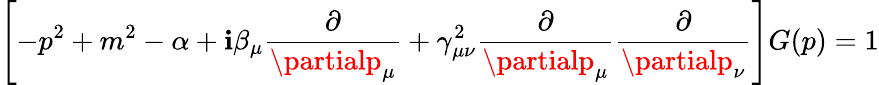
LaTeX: \left[-p^{2}+m^{2}-\alpha+\mathbf{i}\beta_{\mu}\frac{{\partial}}{{\partialp_{\mu}}}+\gamma_{\mu\nu}^{2}\frac{{\partial}}{{\partialp_{\mu}}}\frac{{\partial}}{{\partialp_{\nu}}}\right]G(p)=1